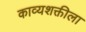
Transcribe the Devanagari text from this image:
काव्यशक्तीला